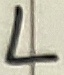
Text: L